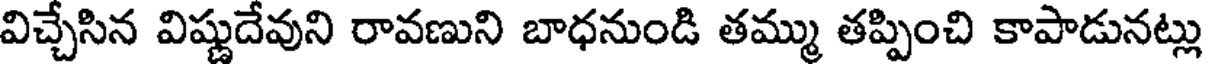
విచ్చేసిన విష్ణుదేవుని రావణుని బాధనుండి తమ్ము తప్పించి కాపాడునట్లు